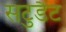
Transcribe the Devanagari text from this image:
सटुडैंट